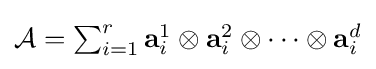
{\textstyle {\mathcal {A}}=\sum _{i=1}^{r}\mathbf {a} _{i}^{1}\otimes \mathbf {a} _{i}^{2}\otimes \cdots \otimes \mathbf {a} _{i}^{d}}